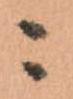
ニ